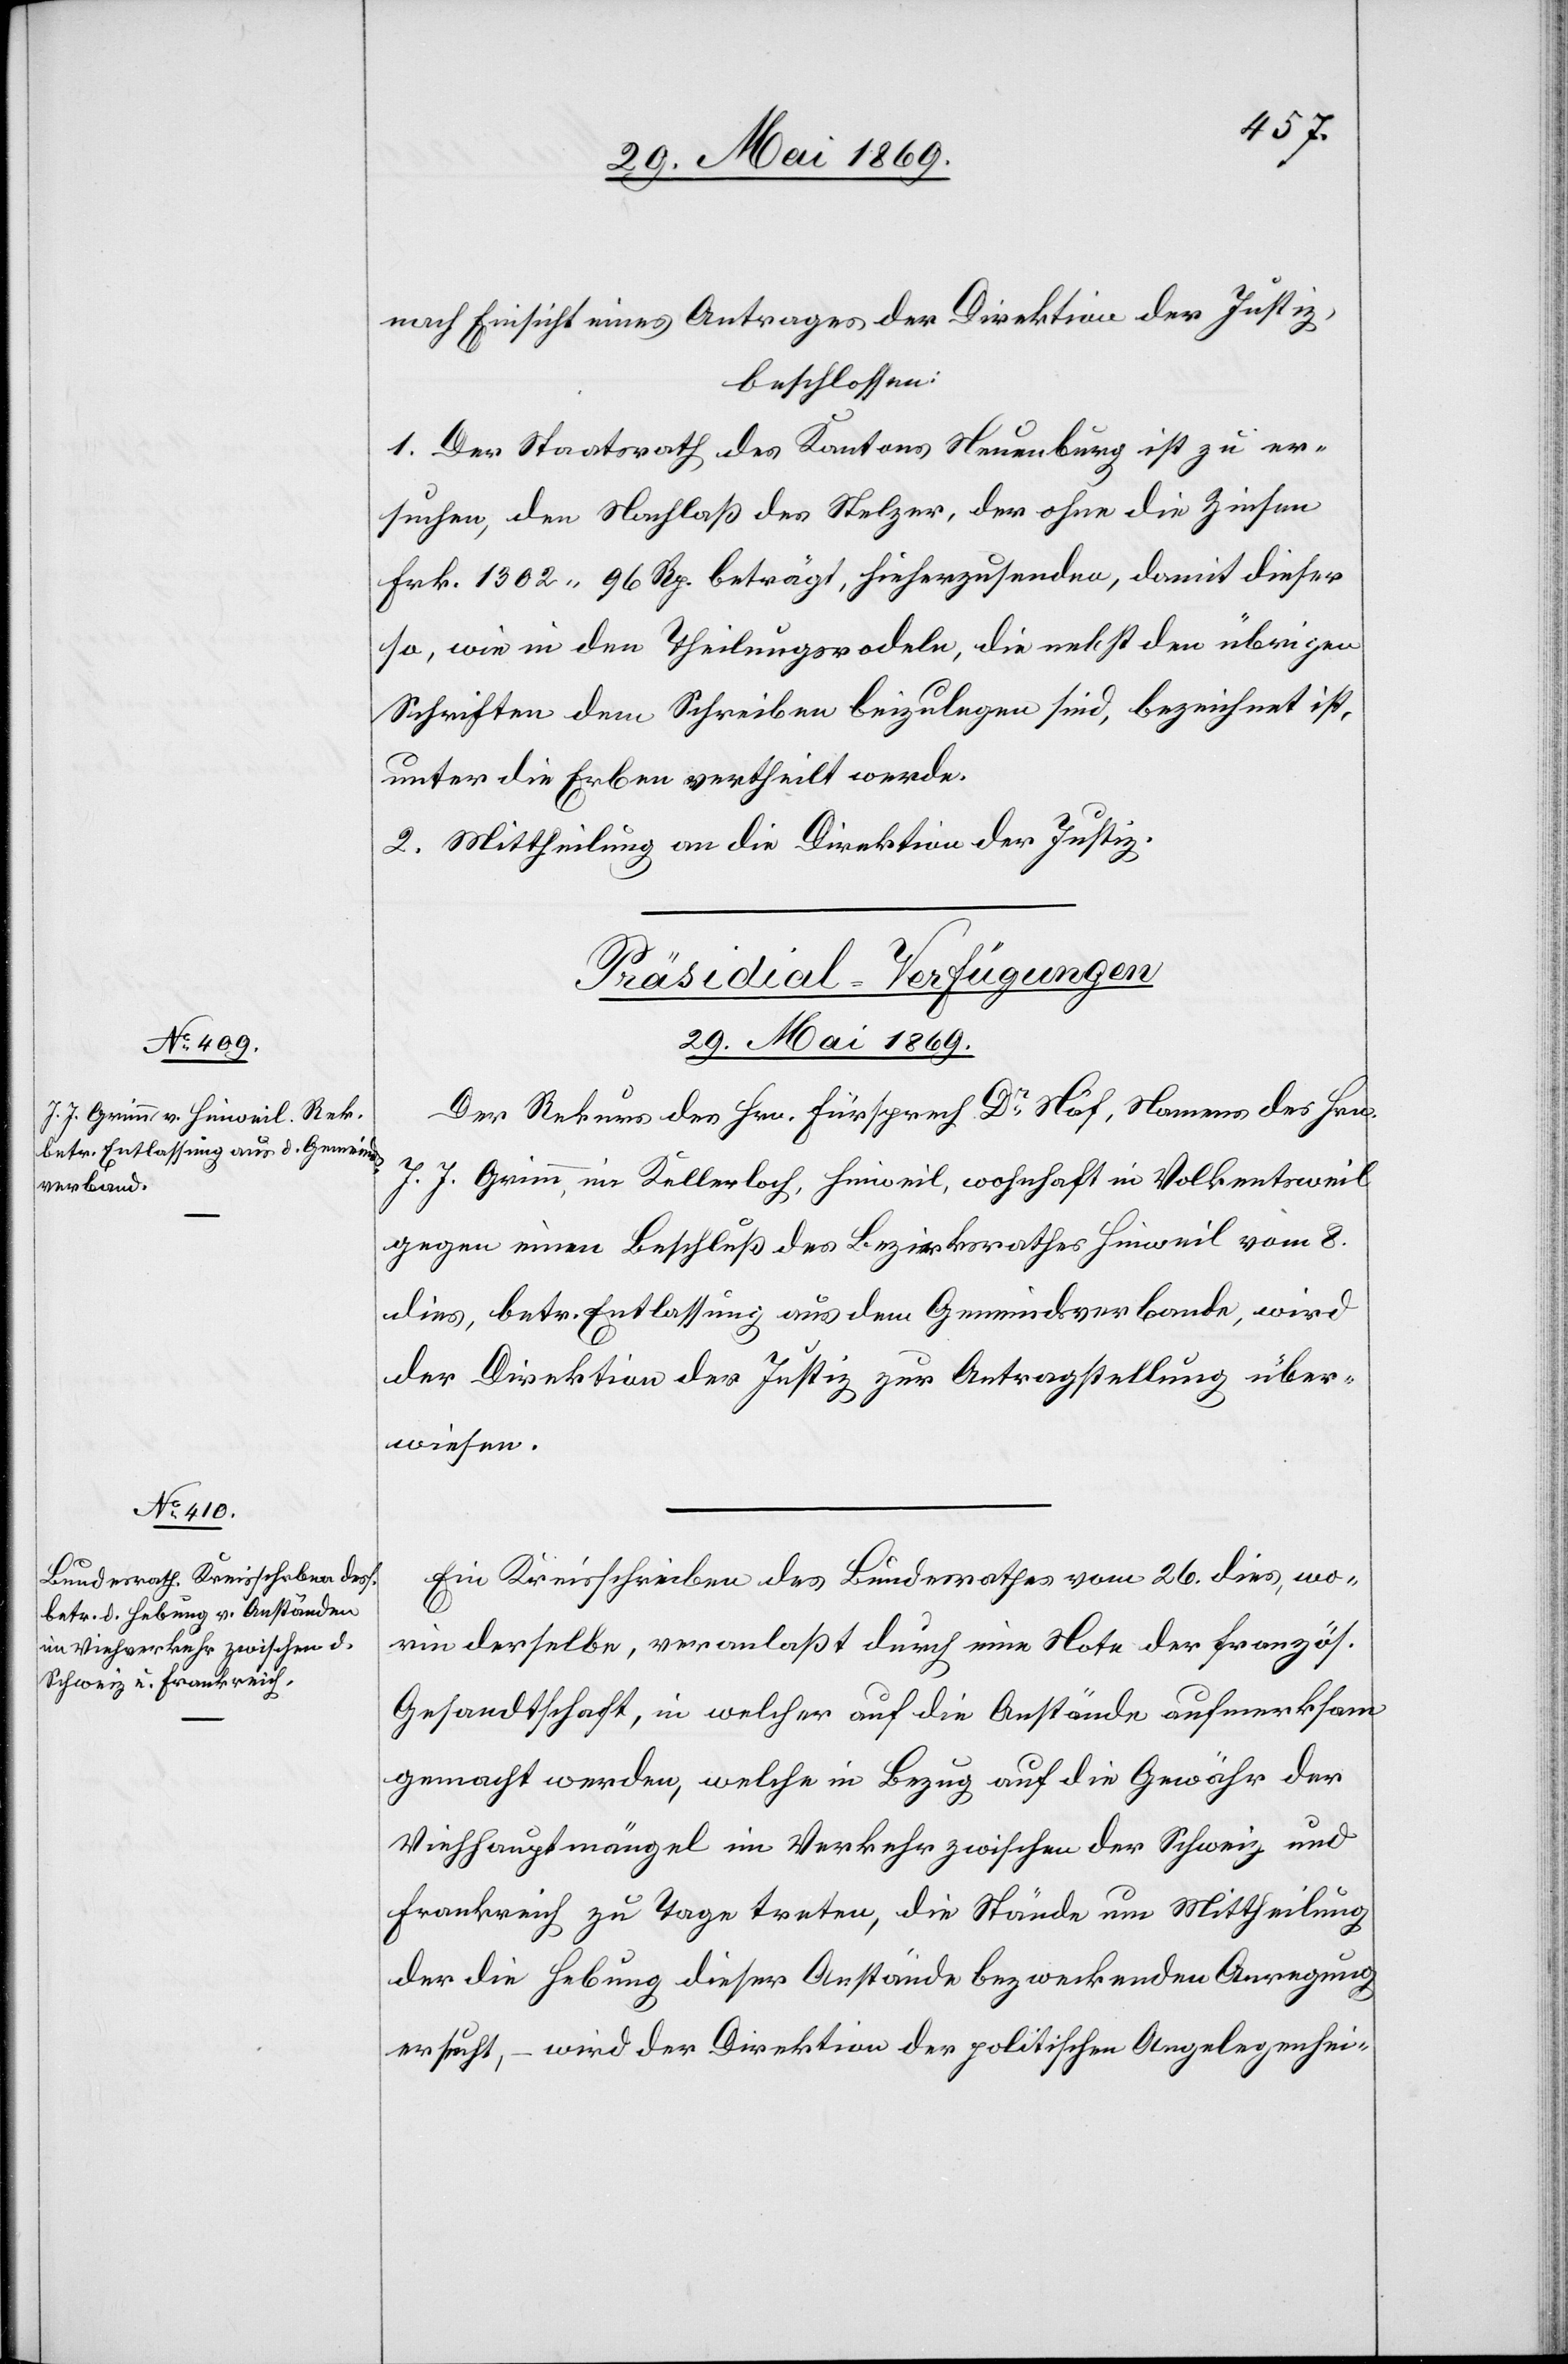
29. Mai 1869.]
nach Einsicht eines Antrages der Direktion der Justiz,
beschlossen:
1. Der Staatsrath des Kantons Neuenburg ist zu er¬
suchen, den Nachlaß des Stelzer, der ohne die Zinsen
Frk. 1302.96 Rp. beträgt, hieherzusenden, damit dieser
so, wie in den Theilungsrodeln, die nebst den übrigen
Schriften dem Schreiben beizulegen sind, bezeichnet ist,
unter die Erben vertheilt werde.
2. Mittheilung an die Direktion der Justiz.
[Präsidial-Verfügungen.
29. Mai 1869.
Der Rekurs des Hrn. Fürsprech Dr Näf, Namens des Hrn.
J. J. Grimm, in Kellerloch, Hinweil, wohnhaft in Volkentsweil
gegen einen Beschluß des Bezirksrathes Hinweil vom 8.
dies, betr. Entlassung aus dem Gemeindsverband, wird
der Direktion der Justiz zur Antragstellung über¬
wiesen.
Ein Kreisschreiben des Bundesrathes vom 26. dies, wo¬
rin derselbe, veranlaßt durch eine Note der französ.
Gesandtschaft, in welcher auf die Anstände aufmerksam
gemacht werden, welche in Bezug auf die Gewähr der
Viehhauptmängel im Verkehr zwischen der Schweiz und
Frankreich zu Tage treten, die Stände um Mittheilung
der die Hebung dieser Anstände bezweckenden Anregung
ersucht, – wird der Direktion der politischen Angelegenhei-